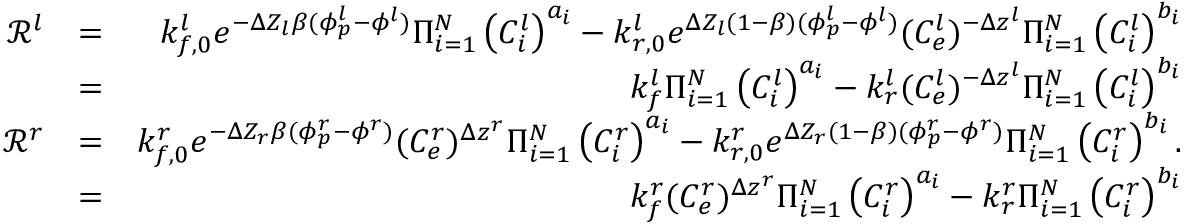
\begin{array} { r l r } { \mathcal { R } ^ { l } } & { = } & { k _ { f , 0 } ^ { l } e ^ { - \Delta Z _ { l } \beta ( \phi _ { p } ^ { l } - \phi ^ { l } ) } \Pi _ { i = 1 } ^ { N } \left( C _ { i } ^ { l } \right) ^ { a _ { i } } - k _ { r , 0 } ^ { l } e ^ { \Delta Z _ { l } ( 1 - \beta ) ( \phi _ { p } ^ { l } - \phi ^ { l } ) } ( C _ { e } ^ { l } ) ^ { - \Delta z ^ { l } } \Pi _ { i = 1 } ^ { N } \left( C _ { i } ^ { l } \right) ^ { b _ { i } } } \\ & { = } & { k _ { f } ^ { l } \Pi _ { i = 1 } ^ { N } \left( C _ { i } ^ { l } \right) ^ { a _ { i } } - k _ { r } ^ { l } ( C _ { e } ^ { l } ) ^ { - \Delta z ^ { l } } \Pi _ { i = 1 } ^ { N } \left( C _ { i } ^ { l } \right) ^ { b _ { i } } } \\ { \mathcal { R } ^ { r } } & { = } & { k _ { f , 0 } ^ { r } e ^ { - \Delta Z _ { r } \beta ( \phi _ { p } ^ { r } - \phi ^ { r } ) } ( C _ { e } ^ { r } ) ^ { \Delta z ^ { r } } \Pi _ { i = 1 } ^ { N } \left( C _ { i } ^ { r } \right) ^ { a _ { i } } - k _ { r , 0 } ^ { r } e ^ { \Delta Z _ { r } ( 1 - \beta ) ( \phi _ { p } ^ { r } - \phi ^ { r } ) } \Pi _ { i = 1 } ^ { N } \left( C _ { i } ^ { r } \right) ^ { b _ { i } } . } \\ & { = } & { k _ { f } ^ { r } ( C _ { e } ^ { r } ) ^ { \Delta z ^ { r } } \Pi _ { i = 1 } ^ { N } \left( C _ { i } ^ { r } \right) ^ { a _ { i } } - k _ { r } ^ { r } \Pi _ { i = 1 } ^ { N } \left( C _ { i } ^ { r } \right) ^ { b _ { i } } } \end{array}